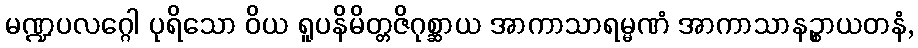
မဏ္ဍပလဂ္ဂေါ ပုရိသော ဝိယ ရူပနိမိတ္တဇိဂုစ္ဆာယ အာကာသာရမ္မဏံ အာကာသာနဉ္စာယတနံ,